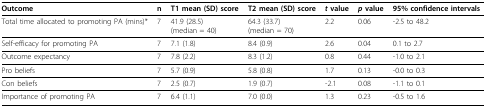
<table><thead><tr><td><b>Outcome</b></td><td><b>n</b></td><td><b>T1 mean (SD) score</b></td><td><b>T2 mean (SD) score</b></td><td><b><i>t </i>value</b></td><td><b><i>p </i>value</b></td><td><b>95% confidence intervals</b></td></tr></thead><tbody><tr><td>Total time allocated to promoting PA (mins)*</td><td>7</td><td>41.9 (28.5) (median = 40)</td><td>64.3 (33.7) (median = 70)</td><td>2.2</td><td>0.06</td><td>-2.5 to 48.2</td></tr><tr><td>Self-efficacy for promoting PA</td><td>7</td><td>7.1 (1.8)</td><td>8.4 (0.9)</td><td>2.6</td><td>0.04</td><td>0.1 to 2.7</td></tr><tr><td>Outcome expectancy</td><td>7</td><td>7.8 (2.2)</td><td>8.3 (1.2)</td><td>0.8</td><td>0.44</td><td>-1.0 to 2.1</td></tr><tr><td>Pro beliefs</td><td>7</td><td>5.7 (0.9)</td><td>5.8 (0.8)</td><td>1.7</td><td>0.13</td><td>-0.0 to 0.3</td></tr><tr><td>Con beliefs</td><td>7</td><td>2.5 (0.7)</td><td>1.9 (0.7)</td><td>-2.1</td><td>0.08</td><td>-1.1 to 0.1</td></tr><tr><td>Importance of promoting PA</td><td>7</td><td>6.4 (1.1)</td><td>7.0 (0.0)</td><td>1.3</td><td>0.23</td><td>-0.5 to 1.6</td></tr></tbody></table>